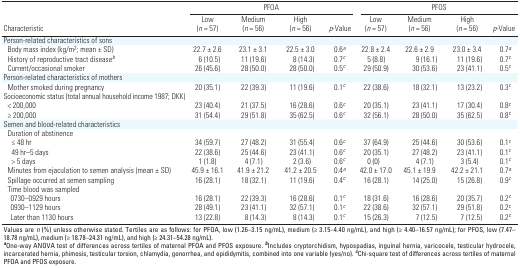
<table><thead><tr><td rowspan="2"><b>Characteristic</b></td><td colspan="4"><b>PFOA</b></td><td colspan="4"><b>PFOS</b></td></tr><tr><td><b>Low (n = 57)</b></td><td><b>Medium (n = 56)</b></td><td><b>High (n = 56)</b></td><td><b>p-Value</b></td><td><b>Low (n = 57)</b></td><td><b>Medium (n = 56)</b></td><td><b>High (n = 56)</b></td><td><b>p-Value</b></td></tr></thead><tbody><tr><td colspan="9">Person-related characteristics of sons</td></tr><tr><td>Body mass index (kg/m2; mean ± SD)</td><td>22.7 ± 2.6</td><td>23.1 ± 3.1</td><td>22.5 ± 3.0</td><td>0.6a</td><td>22.8 ± 2.4</td><td>22.6 ± 2.9</td><td>23.0 ± 3.4</td><td>0.7a</td></tr><tr><td>History of reproductive tract diseaseb</td><td>6 (10.5)</td><td>11 (19.6)</td><td>8 (14.3)</td><td>0.7c</td><td>5 (8.8)</td><td>9 (16.1)</td><td>11 (19.6)</td><td>0.7c</td></tr><tr><td>Current/occasional smoker</td><td>26 (45.6)</td><td>28 (50.0)</td><td>28 (50.0)</td><td>0.5c</td><td>29 (50.9)</td><td>30 (53.6)</td><td>23 (41.1)</td><td>0.5c</td></tr><tr><td colspan="9">Person-related characteristics of mothers</td></tr><tr><td>Mother smoked during pregnancy</td><td>20 (35.1)</td><td>22 (39.3)</td><td>11 (19.6)</td><td>0.1c</td><td>22 (38.6)</td><td>18 (32.1)</td><td>13 (23.2)</td><td>0.3c</td></tr><tr><td colspan="9">Socioeconomic status (total annual household income 1987;DKK)</td></tr><tr><td>&lt; 200,000</td><td>23 (40.4)</td><td>21 (37.5)</td><td>16 (28.6)</td><td>0.6c</td><td>20 (35.1)</td><td>23 (41.1)</td><td>17 (30.4)</td><td>0.8c</td></tr><tr><td>≥ 200,000</td><td>31 (54.4)</td><td>29 (51.8)</td><td>35 (62.5)</td><td>0.6c</td><td>32 (56.1)</td><td>28 (50.0)</td><td>35 (62.5)</td><td>0.8c</td></tr><tr><td colspan="9">Semen and blood-related characteristics</td></tr><tr><td colspan="9">Duration of abstinence</td></tr><tr><td>≤ 48 hr</td><td>34 (59.7)</td><td>27 (48.2)</td><td>31 (55.4)</td><td>0.6c</td><td>37 (64.9)</td><td>25 (44.6)</td><td>30 (53.6)</td><td>0.1c</td></tr><tr><td>49 hr–5 days</td><td>22 (38.6)</td><td>25 (44.6)</td><td>23 (41.1)</td><td>0.6c</td><td>20 (35.1)</td><td>27 (48.2)</td><td>23 (41.1)</td><td>0.1c</td></tr><tr><td>&gt; 5 days</td><td>1 (1.8)</td><td>4 (7.1)</td><td>2 (3.6)</td><td>0.6c</td><td>0 (0)</td><td>4 (7.1)</td><td>3 (5.4)</td><td>0.1c</td></tr><tr><td>Minutes from ejaculation to semen analysis (mean ± SD)</td><td>45.9 ± 16.1</td><td>41.9 ± 21.2</td><td>41.2 ± 20.5</td><td>0.4a</td><td>42.0 ± 17.0</td><td>45.1 ± 19.9</td><td>42.2 ± 21.1</td><td>0.7a</td></tr><tr><td>Spillage occurred at semen sampling</td><td>16 (28.1)</td><td>18 (32.1)</td><td>11 (19.6)</td><td>0.4c</td><td>16 (28.1)</td><td>14 (25.0)</td><td>15 (26.8)</td><td>0.9c</td></tr><tr><td colspan="9">Time blood was sampled </td></tr><tr><td>0730–0929 hours </td><td>16 (28.1)</td><td>22 (39.3)</td><td>16 (28.6)</td><td>0.1c</td><td>18 (31.6)</td><td>16 (28.6)</td><td>20 (35.7)</td><td>0.2c</td></tr><tr><td>0930–1129 hours </td><td>28 (49.1)</td><td>23 (41.1)</td><td>32 (57.1)</td><td>0.1c</td><td>22 (38.6)</td><td>32 (57.1)</td><td>29 (51.8)</td><td>0.2c</td></tr><tr><td>Later than 1130 hours </td><td>13 (22.8)</td><td>8 (14.3)</td><td>8 (14.3)</td><td>0.1c</td><td>15 (26.3)</td><td>7 (12.5)</td><td>7 (12.5)</td><td>0.2c</td></tr><tr><td colspan="9">Values are n (%) unless otherwise stated. Tertiles are asfollows: for PFOA, low (1.26–3.15 ng/mL), medium (≥ 3.15–4.40 ng/mL),and high (≥ 4.40–16.57 ng/mL); for PFOS, low (7.47–18.78 ng/mL), medium(≥ 18.78–24.31 ng/mL), and high (≥ 24.31–54.28 ng/mL). aOne-way ANOVAtest of differences across tertiles of maternal PFOA and PFOS exposure.bIncludes cryptorchidism, hypospadias, inguinal hernia, varicocele,testicular hydrocele, incarcerated hernia, phimosis, testicular torsion,chlamydia, gonorrhea, and epididymitis, combined into one variable(yes/no). cChi-square test of differences across tertiles of maternalPFOA and PFOS exposure. </td></tr></tbody></table>